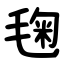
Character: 毱